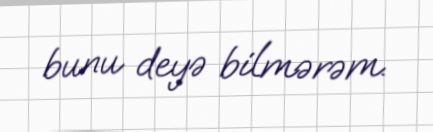
bunu deyə bilmərəm.